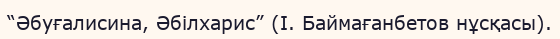
“Әбуғалисина, Әбілхарис” (І. Баймағанбетов нұсқасы).